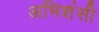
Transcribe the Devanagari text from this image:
अभिशंसी